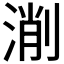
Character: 𣸛